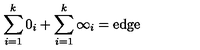
\sum _ { i = 1 } ^ { k } 0 _ { i } + \sum _ { i = 1 } ^ { k } \infty _ { i } = \mathrm { e d g e }